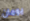
يومان